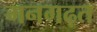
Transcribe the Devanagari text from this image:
मनगढ़त